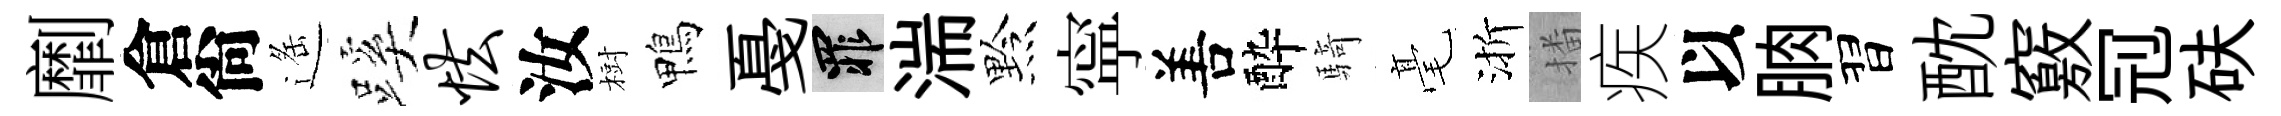
劘倉尙遥蹊怯汝𣗳鴨戞罪湍黔寜𠵊酔騎毫渐播疾以朒習酖竅𠜍砆